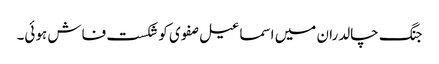
جنگ چالدران میں اسماعیل صفوی کو شکست فاش ہوئی۔